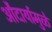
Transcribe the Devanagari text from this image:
औदार्यामुळे